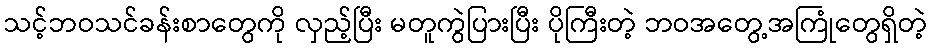
သင့်ဘဝသင်ခန်းစာတွေကို လှည့်ပြီး မတူကွဲပြားပြီး ပိုကြီးတဲ့ ဘဝအတွေ့အကြုံတွေရှိတဲ့